Tartu_linnavalitsus, lk 10
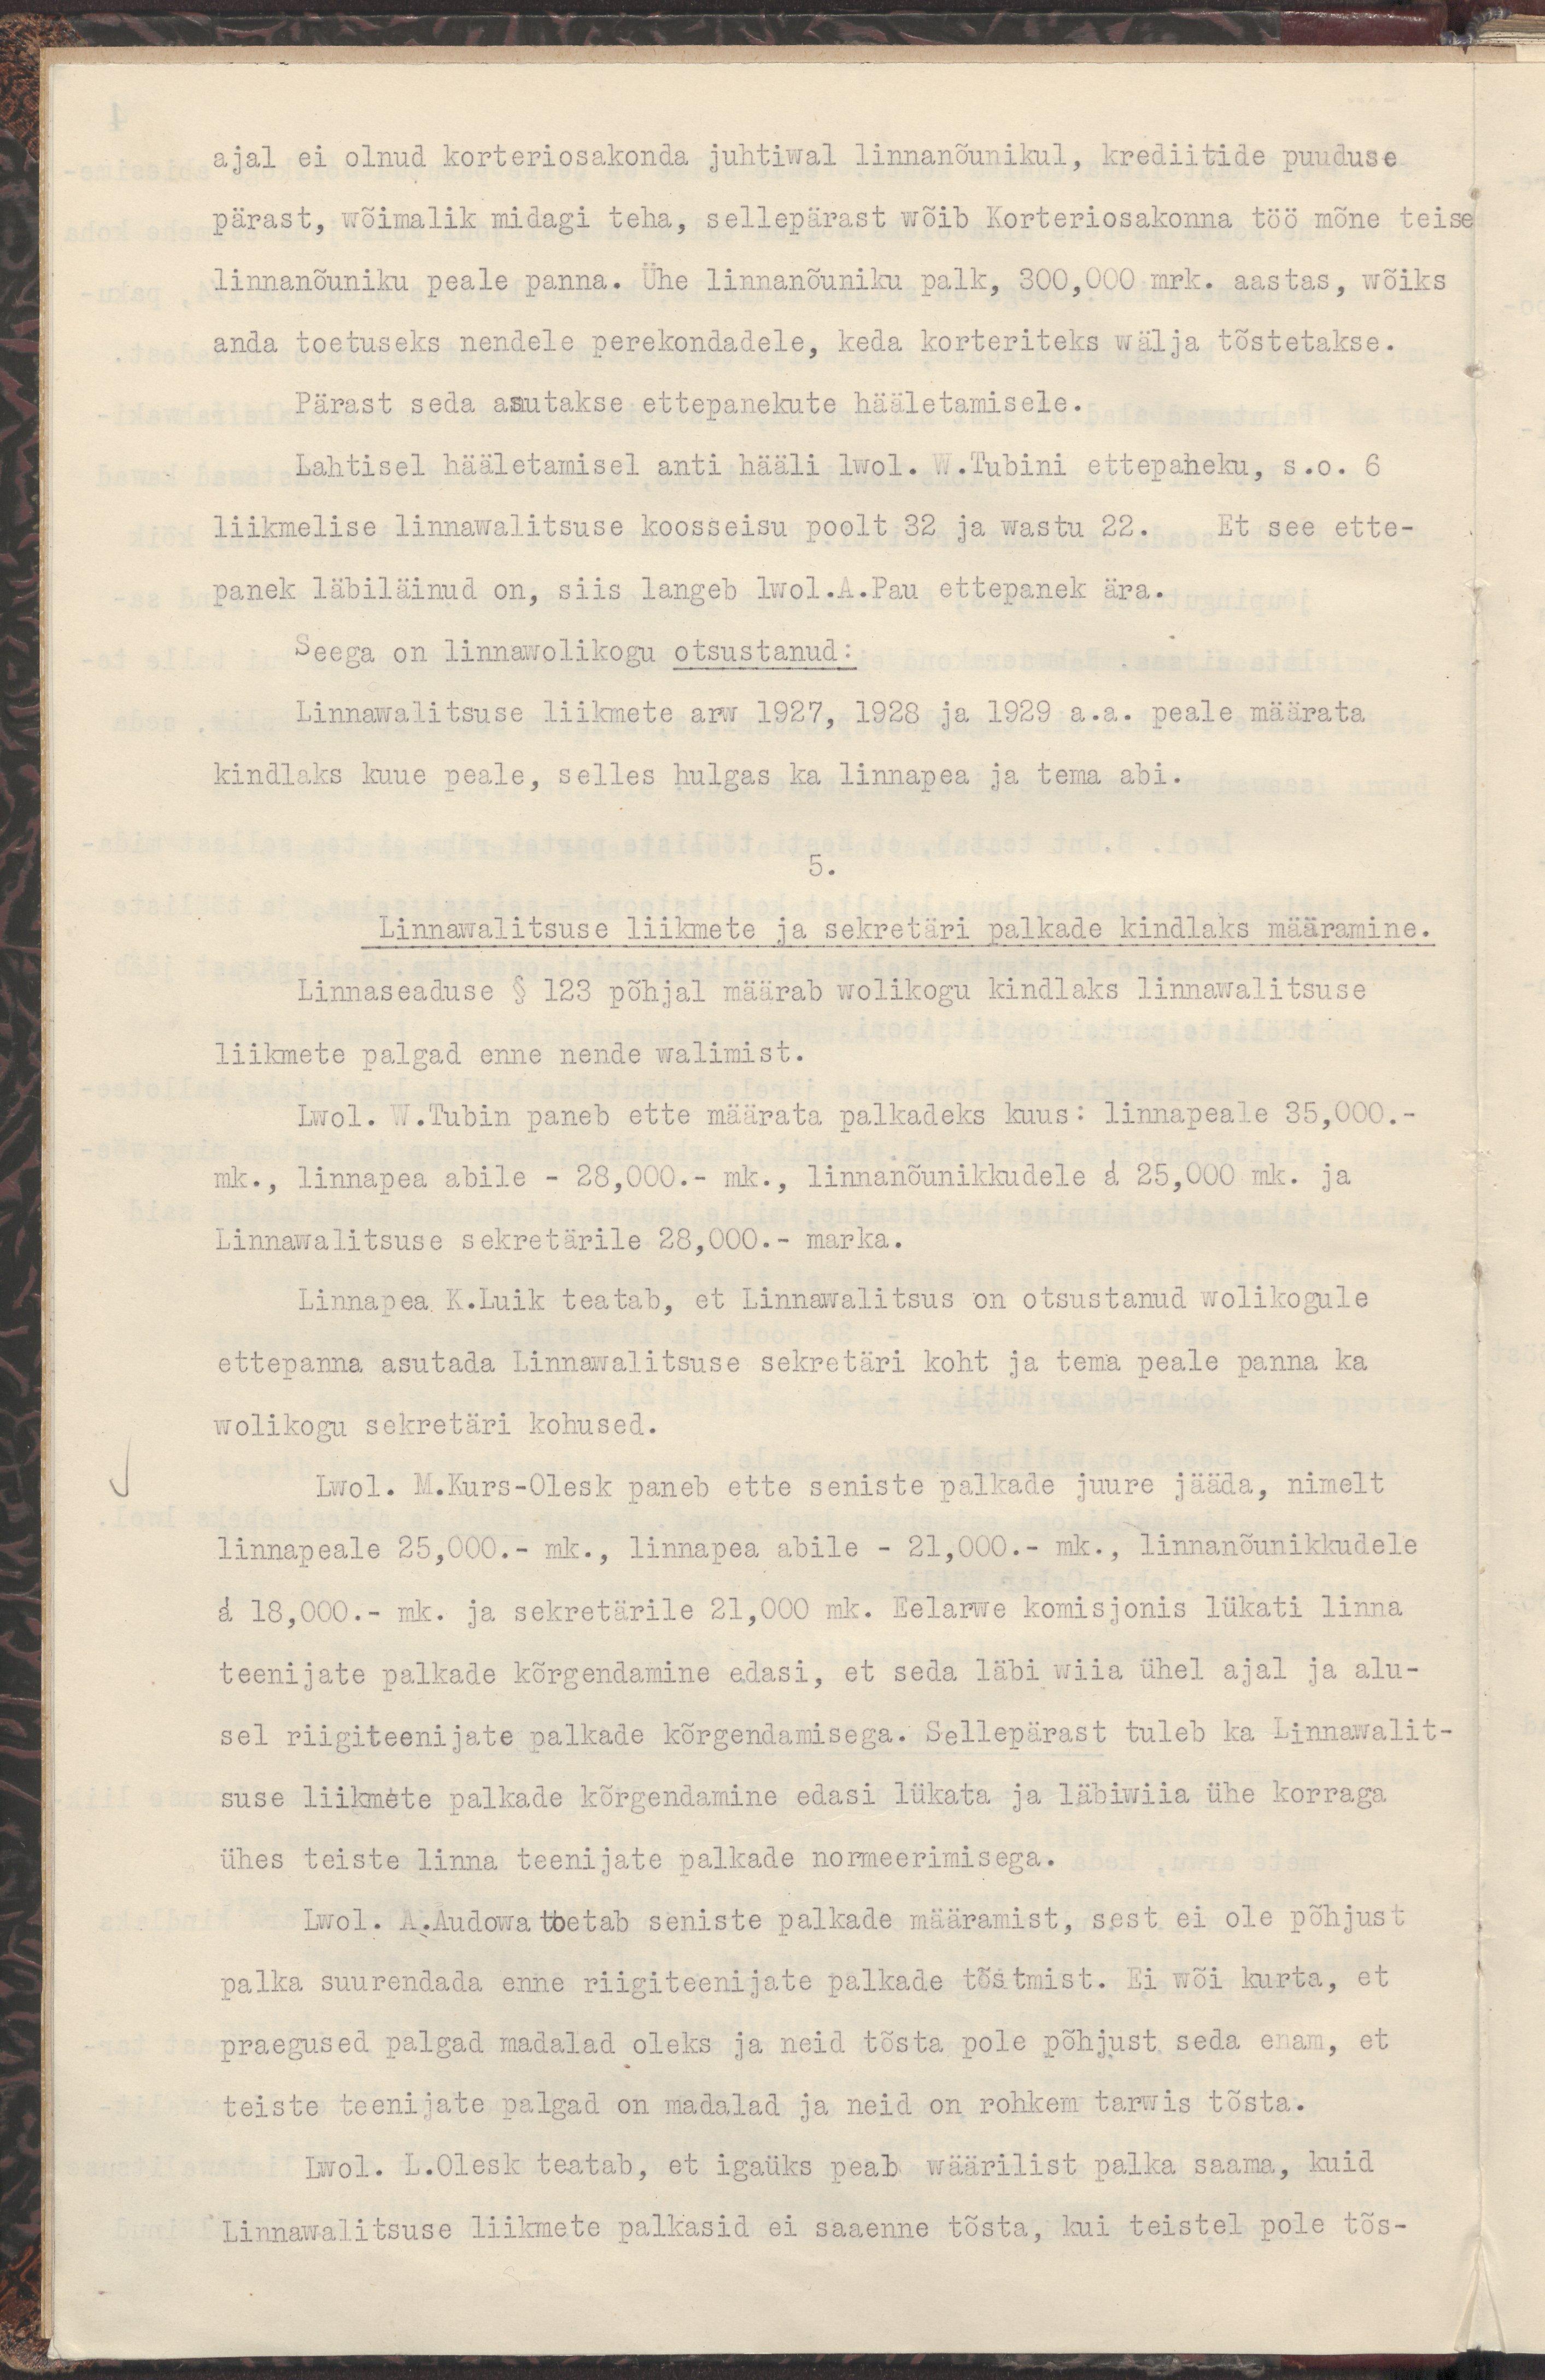
ajal ei olnud korteriosakonda juhtiwal linnanõunikul, krediitide puuduse
pärast, wõimalik midagi teha, sellepärast wõib Korteriosakonna töö mõne teise
linnanõuniku peale panna. Ühe linnanõuniku palk, 300,000 mrk. aastas, wõiks
anda toetuseks nendele perekondadele, keda korteriteks wälja tõstetakse.
Pärast seda asutakse ettepanekute hääletamisele.
Lahtisel hääletamisel anti hääli lwol. W.Tubini ettepaneku, s.o. 6
liikmelise linnawalitsuse koosseisu poolt 32 ja wastu 22. Et see ette-
panek läbiläinud on, siis langeb lwol.A.Pau ettepanek ära.
Seega on linnawolikogu otsustanud :
Linnawalitsuse liikmete arw 1927, 1928 ja 1929 a.a. peale määrata
kindlaks kuue peale, selles hulgas ka linnapea ja tema abi.
5.
Linnawalitsuse liikmete ja sekretäri palkade kindlaks määramine
Linnaseaduse § 123 põhjal määrab wolikogu kindlaks linnawalitsuse
liikmete palgad enne nende walimist.
Lwol. W.Tubin paneb ette määrata palkadeks kuus : linnapeale 35,000.-
mk., linnapea abile - 28,000.- mk., linnanõunikkudele a 25,000 mk. ja
Linnawalitsuse sekretärile 28,000.- marka.
Linnapea K.Luik teatab, et Linnawalitsus on otsustanud wolikogule
ettepanna asutada Linnawalitsuse sekretäri koht ja tema peale panna ka
wolikogu sekretäri kohustused.
Lwol. M.Kurs-Olesk paneb ette seniste palkade juurde jääda, nimelt
linnapeale 25,000.- mk., linnapea abile - 21,000.- mk., linnanõunikkudele
a 18,000.- mk. ja sekretäridele 21,000 mk. Eelarwe komisjonis lükati linna
teenijate palkade kõrgendamine edasi, et seda läbi wiia ühel ajal ja alu-
sel riigiteenijate palkade kõrgendamisega. Sellepärast tuleb ka Linnawalit-
suse liikmete palkade kõrgendamine edasi lükata ja läbiwiia ühe korraga
ühes teiste linna teenijate palkade normeerimisega.
Lwol. A.Audowa toetab seniste palkade määramist, sest ei ole põhjust
palka suurendada enne riigiteenijate palkade tõstmist. Ei wõi kurta, et
praegused palgad madalad oleksid ja neid tõsta pole põhjust seda enam, et
teiste teenijate palgad on madalad ja neid on rohkem tarwis tõsta.
Lwol. L.Olesk teatab, et igaüks peab wäärilist palka saama, kuid
Linnawalitsuse liikmete palkasid ei saaenne tõsta, kui teistel pole tõs-